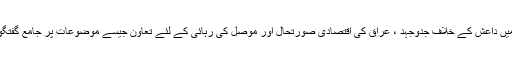
مذاکرات میں داعش کے خلاف جدوجہد ، عراق کی اقتصادی صورتحال اور موصل کی رہائی کے لئے تعاون جیسے موضوعات پر جامع گفتگو کی گئی۔